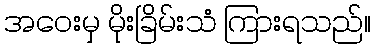
အဝေးမှ မိုးခြိမ်းသံ ကြားရသည်။